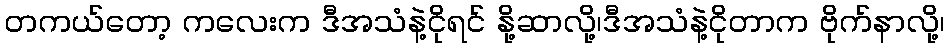
တကယ်တော့ ကလေးက ဒီအသံနဲ့ငိုရင် နို့ဆာလို့၊ဒီအသံနဲ့ငိုတာက ဗိုက်နာလို့၊